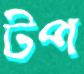
টপ